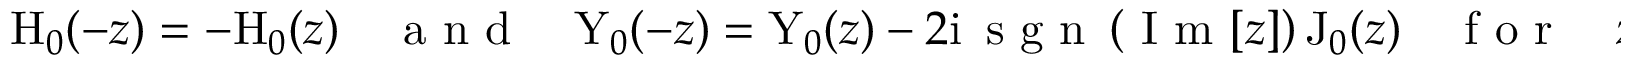
\begin{array} { r } { \mathrm { H } _ { 0 } ( - z ) = - \mathrm { H } _ { 0 } ( z ) \quad \mathrm { ~ a ~ n ~ d ~ } \quad \mathrm { Y } _ { 0 } ( - z ) = \mathrm { Y } _ { 0 } ( z ) - 2 \mathrm { i } \, \mathrm { ~ s ~ g ~ n ~ } \left( \mathrm { ~ I ~ m ~ } [ z ] \right) \mathrm { J } _ { 0 } ( z ) \quad \mathrm { ~ f ~ o ~ r ~ } \quad z \in \mathbb { C } \mathrm { ~ w ~ i ~ t ~ h ~ } \mathrm { ~ I ~ m ~ } [ z ] \neq 0 . } \end{array}